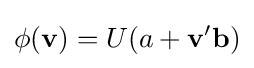
\phi (\mathbf {v} )=U(a+\mathbf {v} '\mathbf {b} )